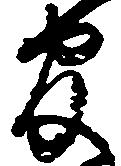
官